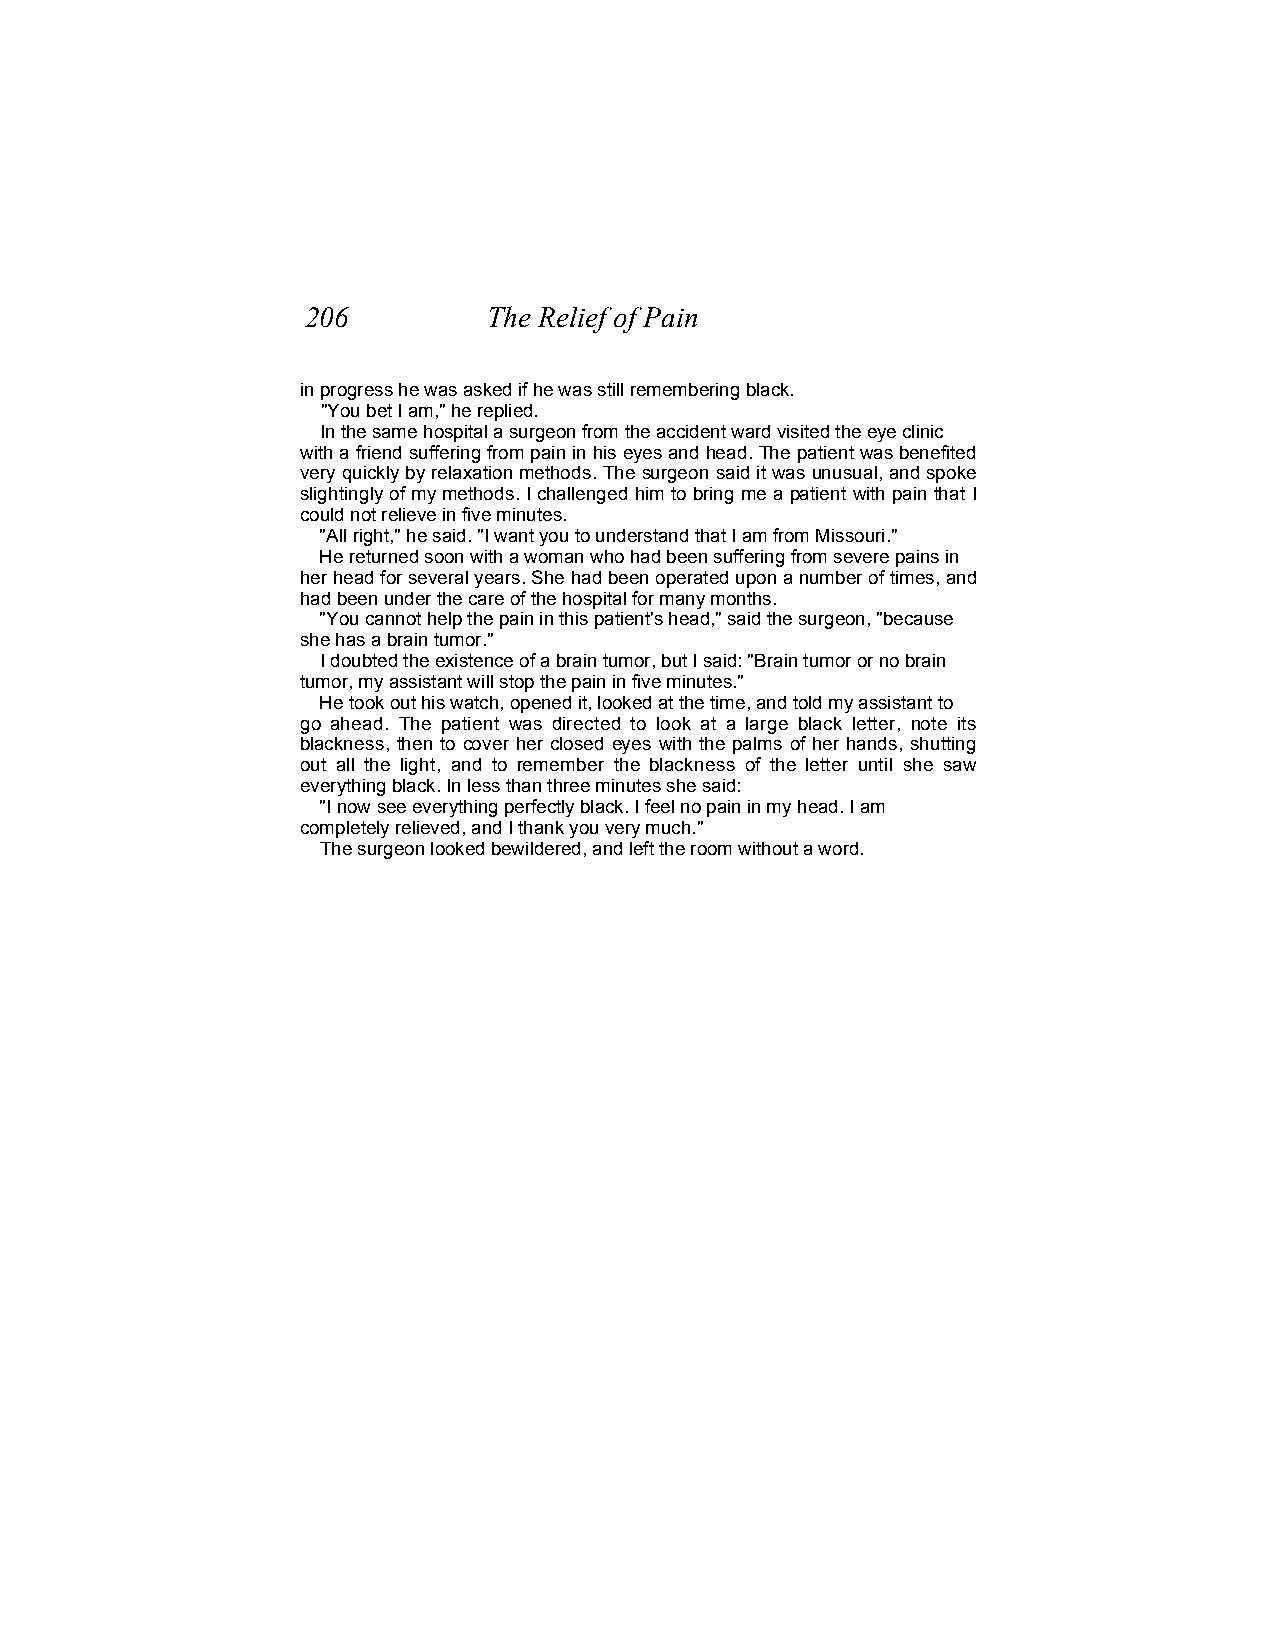
206         The Relief of Pain
 in progress he was asked if he was still remembering black.
 "You bet I am," he replied.
 In the same hospital a surgeon from the accident ward visited the eye clinic
 with a friend suffering from pain in his eyes and head. The patient was benefited
 very quickly by relaxation methods. The surgeon said it was unusual, and spoke
 slightingly of my methods. I challenged him to bring me a patient with pain that I
 could not relieve in five minutes.
 "All right," he said. "I want you to understand that I am from Missouri."
 He returned soon with a woman who had been suffering from severe pains in
 her head for several years. She had been operated upon a number of times, and
 had been under the care of the hospital for many months.
 "You cannot help the pain in this patient's head," said the surgeon, "because
 she has a brain tumor."
 I doubted the existence of a brain tumor, but I said: "Brain tumor or no brain
 tumor, my assistant will stop the pain in five minutes."
 He took out his watch, opened it, looked at the time, and told my assistant to
 go ahead. The patient was directed to look at a large black letter, note its
 blackness, then to cover her closed eyes with the palms of her hands, shutting
 out all the light, and to remember the blackness of the letter until she saw
 everything black. In less than three minutes she said:
 "I now see everything perfectly black. I feel no pain in my head. I am
 completely relieved, and I thank you very much."
 The surgeon looked bewildered, and left the room without a word.